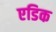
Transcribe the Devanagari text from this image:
एडिक